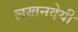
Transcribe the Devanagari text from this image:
लखनदेयी